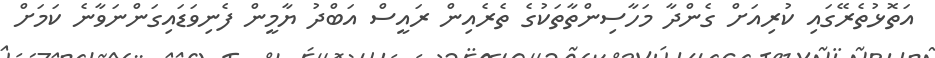
އަތޮޅުތެރޭގައި ކުރިއަށް ގެންދާ މަހާސިންތާތަކުގެ ތެރެއިން ރައީސް އަބްދު ޔާމީން ފެނިވަޑައިގަންނަވާނެ ކަމަށް